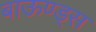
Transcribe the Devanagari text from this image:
बाऊण्ड्स